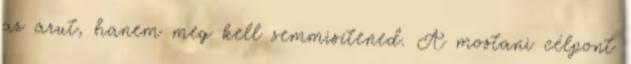
az árut, hanem meg kell semmisítened. A mostani célpont